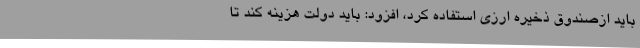
باید ازصندوق ذخیره ارزی استفاده کرد، افزود: باید دولت هزینه کند تا